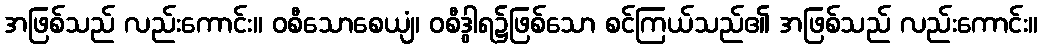
အဖြစ်သည် လည်းကောင်း။ ဝစီသောစေယျံ၊ ဝစီဒွါရ၌ဖြစ်သော စင်ကြယ်သည်၏ အဖြစ်သည် လည်းကောင်း။